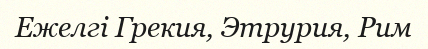
Ежелгі Грекия, Этрурия, Рим